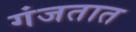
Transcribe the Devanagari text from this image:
गंजतात